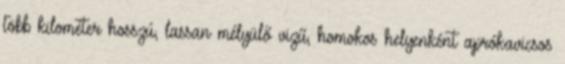
több kilométer hosszú, lassan mélyülő vizű, homokos helyenként aprókavicsos